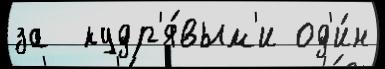
за  кудр'я́вым'и од'и́н